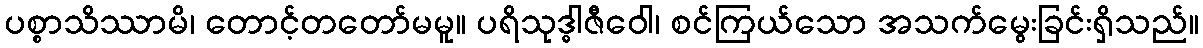
ပစ္စာသိဿာမိ၊ တောင့်တတော်မမူ။ ပရိသုဒ္ဓါဇီဝေါ၊ စင်ကြယ်သော အသက်မွေးခြင်းရှိသည်။